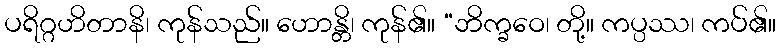
ပရိဂ္ဂဟိတာနိ၊ ကုန်သည်။ ဟောန္တိ၊ ကုန်၏။ “ဘိက္ခဝေ၊ တို့။ ကပ္ပဿ၊ ကပ်၏။